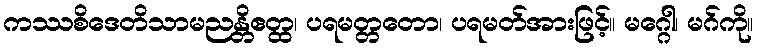
ကဿစိဒေတိသာမညန္တိဧတ္ထ၊ ပရမတ္တတော၊ ပရမတ်အားဖြင့်။ မဂ္ဂေါ၊ မဂ်ကို။